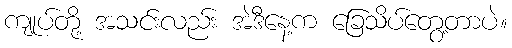
ကျုပ်တို့ အသင်းလည်း အဲဒီနေ့က ခြေသိပ်တွေ့တာပဲ။